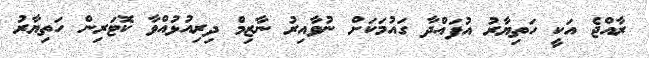
ރާއްޖެ އަކީ ހަތިޔާރު އުފައްދާ ގައުމަކަށް ނުވާއިރު ނާޒިމް ދިރިއުޅުއްވާ ކޮޓަރިން ހަތިޔާރު